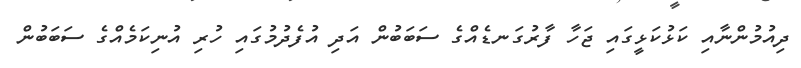
ދިއުމުންނާއި ކަޅުކަޅީގައި ޖަހާ ފާރުގަނޑެއްގެ ސަބަބުން އަދި އުފެދުމުގައި ހުރި އުނިކަމެއްގެ ސަބަބުން